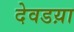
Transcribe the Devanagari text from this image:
देवडय़ा